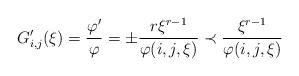
LaTeX: \begin{align*}G'_{i,j}(\xi)=\frac{\varphi'}{\varphi}= \pm \frac{r \xi^{r-1}}{\varphi(i,j,\xi)}\prec \frac{ \xi^{r-1}}{\varphi(i,j,\xi)}\end{align*}